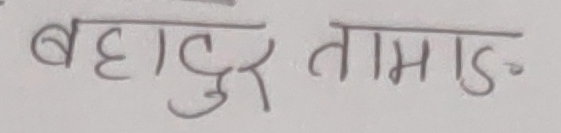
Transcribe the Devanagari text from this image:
बहादुर तामाङ